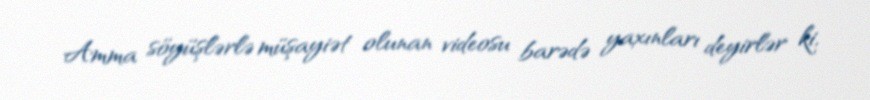
Amma söyüşlərlə müşayiət olunan videosu barədə yaxınları deyirlər ki,